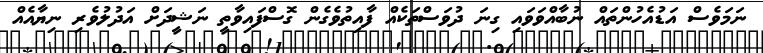
ނަމަވެސް އަޑުއެހުންތައް ނުބާއްވަވައި ގިނަ ދުވަސްތަކެއް ފާއިތުވެގެން ގޮސްފައިވާތީ ނަޝީދަށް އަދުލުވެރި ނިޔާއެއް